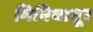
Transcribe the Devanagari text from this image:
मिनियातूर